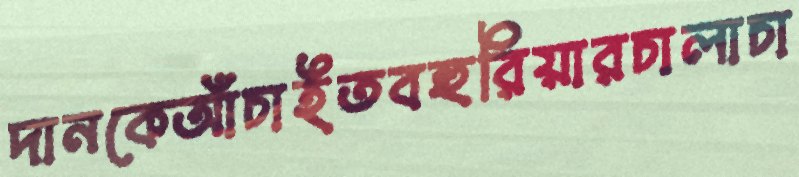
দানকেআঁচাইতবহুরিয়ারচালাচা